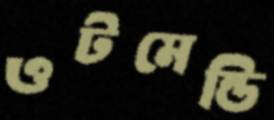
ওটমেন্ডি